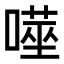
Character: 𭊮